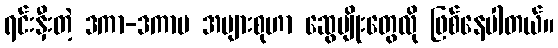
ရင်းနှီးတဲ့ ဒကာ-ဒကာမ အများစုဟာ ဆွေမျိုးတွေလို ဖြစ်နေပါတယ်။